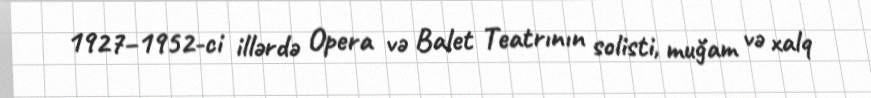
1927–1952-ci illərdə Opera və Balet Teatrının solisti, muğam və xalq